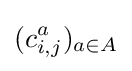
(c_{i,j}^{a})_{a\in A}